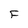
Character: F